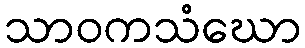
သာဝကသံဃော